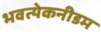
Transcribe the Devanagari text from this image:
भवत्येकनीडम